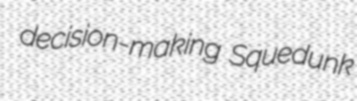
decision-making Squedunk